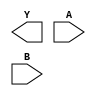
module sky130_fd_sc_hd__nand2 (
    Y,
    A,
    B
);

    output Y;
    input  A;
    input  B;

    // Voltage supply signals
    supply1 VPWR;
    supply0 VGND;
    supply1 VPB ;
    supply0 VNB ;

endmodule